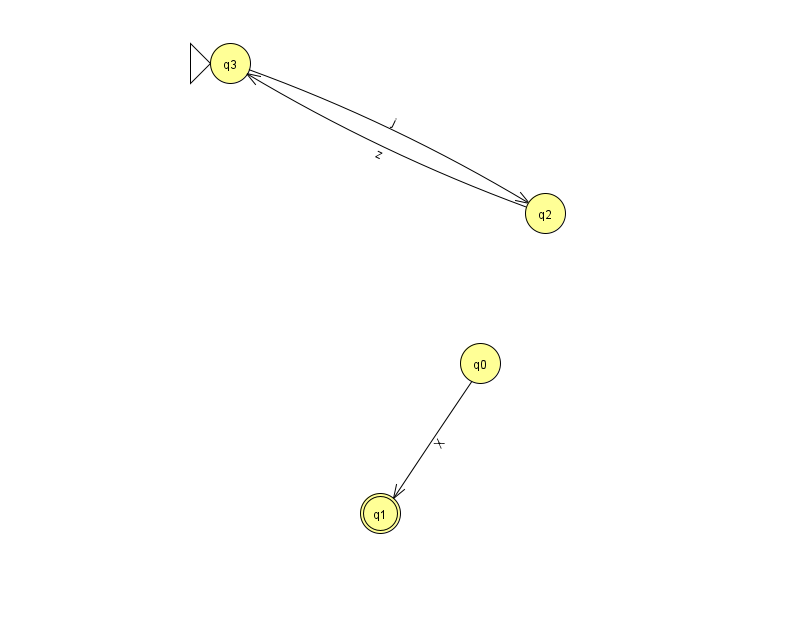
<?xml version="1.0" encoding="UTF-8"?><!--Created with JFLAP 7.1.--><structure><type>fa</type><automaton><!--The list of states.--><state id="0" name="q0"><x>480.0</x><y>350.0</y></state><state id="1" name="q1"><x>380.0</x><y>500.0</y><final/></state><state id="2" name="q2"><x>545.0</x><y>200.0</y></state><state id="3" name="q3"><x>230.0</x><y>50.0</y><initial/></state><!--The list of transitions.--><transition><from>0</from><to>1</to><read>X</read></transition><transition><from>2</from><to>3</to><read>z</read></transition><transition><from>3</from><to>2</to><read>j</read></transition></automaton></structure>